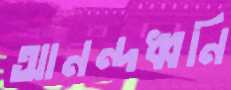
আনন্দধ্বনি